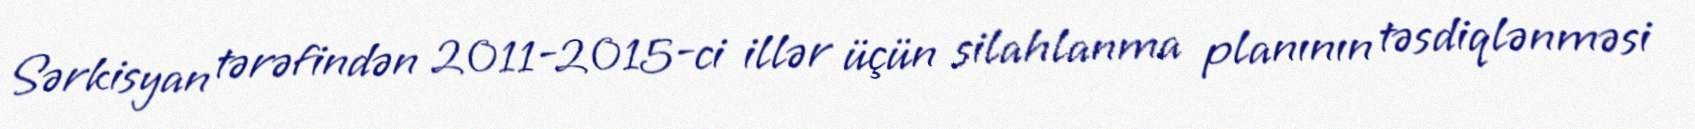
Sərkisyan tərəfindən 2011-2015-ci illər üçün silahlanma planının təsdiqlənməsi